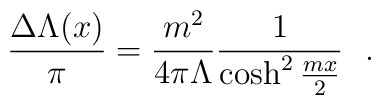
\frac{\Delta \Lambda (x) }{\pi} = \frac{m^2}{4 \pi\Lambda}\frac{1}{\cosh^2\frac{mx}{2}} \ \ .